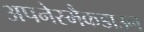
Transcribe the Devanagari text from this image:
अपनेस्मैकडाउन